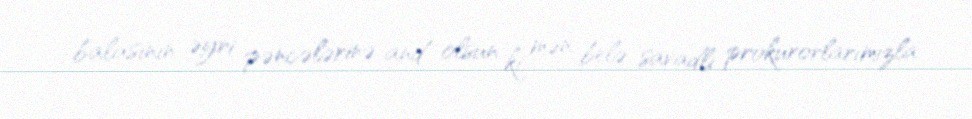
balasının əyri pəncələrinə and olsun ki, mən belə savadlı prokurorlarımızla